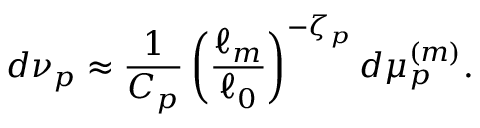
d \nu _ { p } \approx \frac { 1 } { C _ { p } } \left( \frac { \ell _ { m } } { \ell _ { 0 } } \right) ^ { - \zeta _ { p } } d \mu _ { p } ^ { ( m ) } .